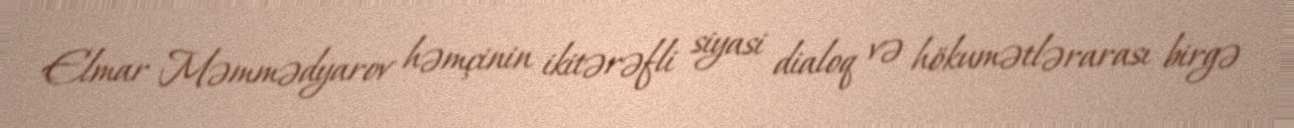
Elmar Məmmədyarov həmçinin ikitərəfli siyasi dialoq və hökumətlərarası birgə